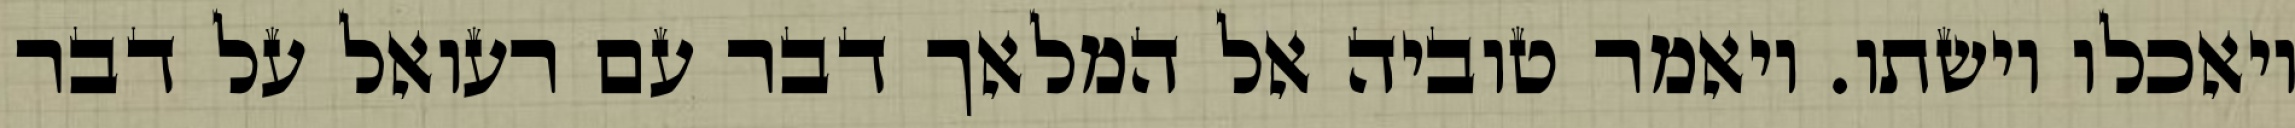
ויאכלו וישתו. ויאמר טוביה אל המלאך דבר עם רעואל על דבר